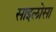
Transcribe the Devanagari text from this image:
साइलोसा